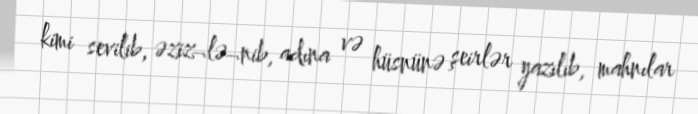
kimi sevilib, əziz¬lə¬nib, adına və hüsnünə şeirlər yazılıb, mahnılar